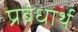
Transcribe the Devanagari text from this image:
प्रबंधार्थ